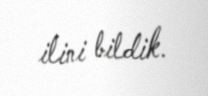
ilini bildik.